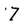
Character: 7